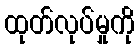
ထုတ်လုပ်မှုကို